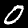
Label: 0